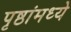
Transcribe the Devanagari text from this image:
पृष्ठांमध्ये